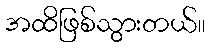
အထိဖြစ်သွားတယ်။